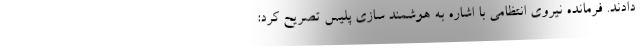
دادند. فرمانده نیروی انتظامی با اشاره به هوشمند سازی پلیس تصریح کرد: